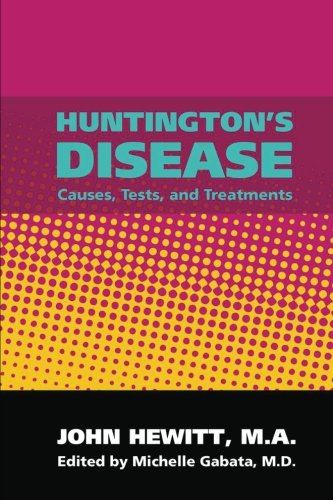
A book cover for Huntington's Disease: Causes, Tests, and Treatments; John Hewitt M.A.; Health, Fitness & Dieting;